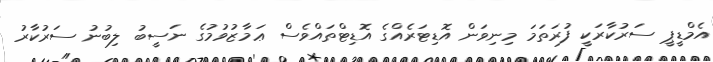
އެމްޑީޕީ ސަރުކާރަކީ ފުރަތަމަ މިނިވަން އޮޑިޓަރެއްގެ އޮޑިޓްތައްވެސް ޢަމާޒުވުމުގެ ނަސީބު ލިބުނު ސަރުކާރު